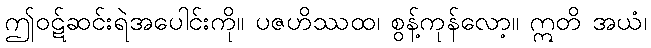
ဤဝဋ်ဆင်းရဲအပေါင်းကို။ ပဇဟိဿထ၊ စွန့်ကုန်လော့။ ဣတိ အယံ၊